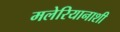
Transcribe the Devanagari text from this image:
मलेरियानाशी